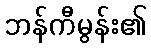
ဘန်ကီမွန်း၏